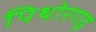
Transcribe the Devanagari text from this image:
पिथोरगढ़